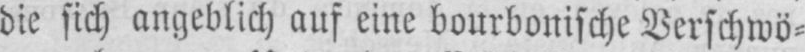
die sich angeblich auf eine bourbonische Verschwö⸗